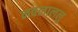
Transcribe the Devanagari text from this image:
नवलाललु